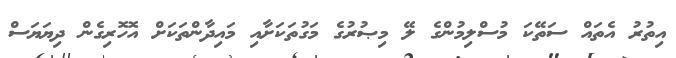
އިތުރު އެތައް ސަތޭކަ މުސްލިމުންގެ ލޭ މިޞުރުގެ މަގުތަކަށާއި މައިދާންތަކަށް އޮހޮރިގެން ދިޔަޔަސް